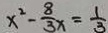
x ^ { 2 } - \frac { 8 } { 3 } x = \frac { 1 } { 3 }